Report on vaccination in Madras 1922-1929 - 1922-1929
Year: 1922
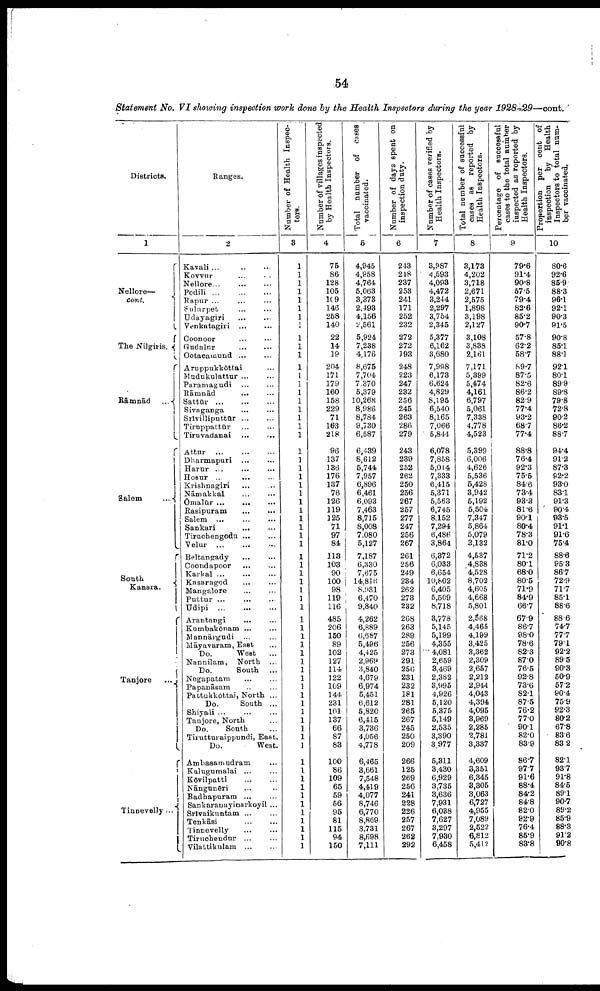
54
Statement No. VI showing inspection work done by the Health Inspectors during the year 1928-29—cont.
Districts.
1
Nellore—
cont.
The Nilgiris.
Rāmnād ...
Salem
...
South
Kanara.
Tanjore
...
Tinnevelly...
Ranges.
2
Kavali ... … …
Kovvur … …
Nellore...
…
…
Podili … … …
Rapur ... … …
Sulurpet … …
Udayagiri … …
Venkatagiri ... …
Coonoor … …
Gudalur
…
…
Ootacamund ... …
Aruppukkōttai …
Mudukulattur … …
Paramagudi … …
Rāmnād
…
…
Sattūr
…
…
…
Sivaganga … …
Srivilliputtūr … …
Tiruppattūr … …
Tiruvadanai
…
…
Attur
…
…
…
Dharmapuri … …
Harur … …
Hosur ...
…
…
Krishnagiri … …
Nāmakkal
…
…
Ōmalūr
…
…
…
Rasipuram
…
…
Salem ... … …
Sankari
... …
Tiruchengodu ... …
Velur ... … …
Beltangady … …
Coondapoor
…
…
Karkal ... … …
Kasaragod … …
Mangalore
…
…
Puttur … … …
Udipi
…
…
…
Arantangi
... ...
Kumbakōnam … …
Mannārgudi … …
Māyavaram, East …
Do.
West … …
Nannilam, North ...
Do.
South ...
Negapatam … …
Papanāsam … …
Pattukkōttai, North ...
Do.
South ...
Shiyali ... ... ...
Tanjore, North ...
Do.
South ...
Tirutturaippundi, East.
Do.
West.
Ambasamudram ...
Kalugumalai ... ...
Kōvilpatti
…
…
Nāngunēri … …
Radhapuram ... …
Sankaranayinarkoyil ...
Srivaikuntam ... …
Tenkāsi
…
…
Tinnevelly
…
…
Tiruchendur … …
Vilattikulam ... …
Number of Health Inspec
tors.
3
1
1
1
1
1
1
1
1
1
1
1
1
1
1
1
1
1
1
1
1
1
1
1
1
1
1
1
1
1
1
1
1
1
1
1
1
1
1
1
1
1
1
1
1
1
1
1
1
1
1
1
1
1
1
1
1
1
1
1
1
1
1
1
1
1
1
Number of villages inspected
by Health Inspectors.
4
75
86
128
105
109
146
258
140
22
14
19
204
171
179
160
158
229
71
163
218
96
137
136
176
137
76
126
119
125
71
97
84
113
103
90
100
98
119
116
485
206
150
89
102
127
114
122
109
144
231
101
137
66
87
83
100
86
109
65
59
56
95
81
115
94
150
Total number of cases
vaccinated.
5
4,945
4,958
4,764
5,063
3,373
2,493
4,156
2,561
5,924
7,238
4,176
8,675
7,704
7,370
5,379
10,268
8,986
8,784
9,730
6,587
6,439
8,612
5,744
7,957
6,896
6,461
6,093
7,463
8,715
8,008
7,080
5,127
7,187
6,330
7,675
14,816
8,931
6,470
9,840
4,262
6,889
6,687
5,496
4,425
2,969
3,840
4,679
6,974
5,451
6,612
5,820
6,415
3,736
4,056
4,778
6,465
3,661
7,548
4,419
4,077
8,746
6,770
8,869
3,731
8,698
7,111
Number of days spent on
inspection duty.
6
243
248
237
253
241
171
252
232
272
272
193
248
223
247
232
256
245
263
286
279
243
239
252
262
250
256
267
257
277
247
256
267
261
256
249
234
262
273
232
268
263
289
256
273
291
256
231
232
181
281
265
267
245
250
209
266
125
269
256
241
228
226
257
267
262
292
Number of cases verified by
Health Inspectors.
7
3,987
4,593
4,093
4,472
3,244
2,297
3,754
2,345
5,377
6,162
3,680
7,998
6,173
6,624
4,829
8,195
6,540
8,165
7,066
5,844
6,078
7,858
5,014
7,333
6,415
5,371
5,563
6,745
8,152
7,294
6,486
3,864
6,372
6,033
6,654
10,802
6,405
5,509
8,718
3,778
5,145
5,199
4,355
4,081
2,659
3,469
2,382
3,995
4,926
5,120
5,375
5,149
2,535
3,390
3,977
5,311
3,430
6,929
3,735
3,636
7,931
6,038
7,627
3,297
7,930
6,458
Total number of successful
cases as reported by
Health Inspectors.
8
3,173
4,202
3,718
2,671
2,575
1,898
3,198
2,127
3,108
3,838
2,161
7,171
5,399
5,474
4,161
6,797
5,061
7,338
4,778
4,523
5,399
6,006
4,626
5,536
5,428
3,942
5,192
5,504
7,347
5,864
5,079
3,132
4,537
4,838
4,528
8,702
4,605
4,668
5,801
2,568
4,465
4,199
3,425
3,362
2,309
2,657
2,212
2,944
4,043
4,394
4,095
3,969
2,285
2,781
3,337
4,609
3,351
6,345
3,305
3,063
6,727
4,955
7,089
2,522
6,812
5,412
Percentage of successful
cases to the total number
inspected as reported by
Health Inspectors.
9
79.6
91.4
90.8
57.5
79.4
82.6
85.2
90.7
57.8
62.2
58.7
89.7
87.5
82.6
86.2
82.9
77.4
93.2
68.7
77.4
88.8
76.4
92.3
75.5
84.6
73.4
93.3
81.6
90.1
80.4
78.3
81.0
71.2
80.1
68.0
80.5
71.9
84.9
66.7
67.9
86.7
98.0
78.6
82.3
87.0
76.5
92.8
73.6
82.1
87.5
76.2
77.0
90.1
82.0
83.9
86.7
97.7
91.6
88.4
84.2
84.8
82.0
92.9
76.4
85.9
83.8
Proportion per cent of
inspection
by Health
Inspectors to total num
ber vaccinated.
10
80.6
92.6
85.9
88.3
96.1
92.1
90.3
91.5
90.8
85.1
88.1
92.1
80.1
89.9
89.8
79.8
72.8
90.2
86.2
88.7
94.4
91.2
87.3
92.2
93.0
83.1
91.3
90.4
93.5
91.1
91.6
75.4
88.6
95.3
86.7
72.9
71.7
85.1
88.6
88.6
74.7
77.7
79.1
92.2
89.5
90.3
50.9
57.2
90.4
75.9
92.3
80.2
67.8
83.6
83.2
82.1
93.7
91.8
84.5
89.1
90.7
89.2
85.9
88.3
91.2
90.8